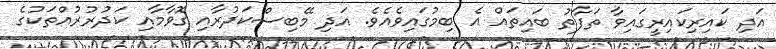
އަދި ކައިރިކައިރީގައިވާ ތަފާތު ބައިތައް އެ ބިމުގައިވެއެވެ. އަދި މޭބިސްކަދުރާއި ގޮވާމާއި ކަދުރުރުއްތަކުގެ